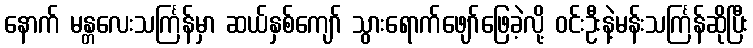
နောက် မန္တလေးသင်္ကြန်မှာ ဆယ်နှစ်ကျော် သွားရောက်ဖျော်ဖြေခဲ့လို့ ဝင်းဦးနဲ့မန်းသင်္ကြန်ဆိုပြီး